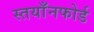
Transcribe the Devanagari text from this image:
स्तयाँनफोर्ड